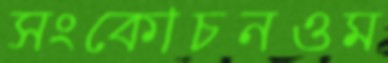
সংকোচনওম